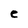
Character: e